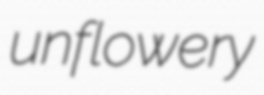
unflowery